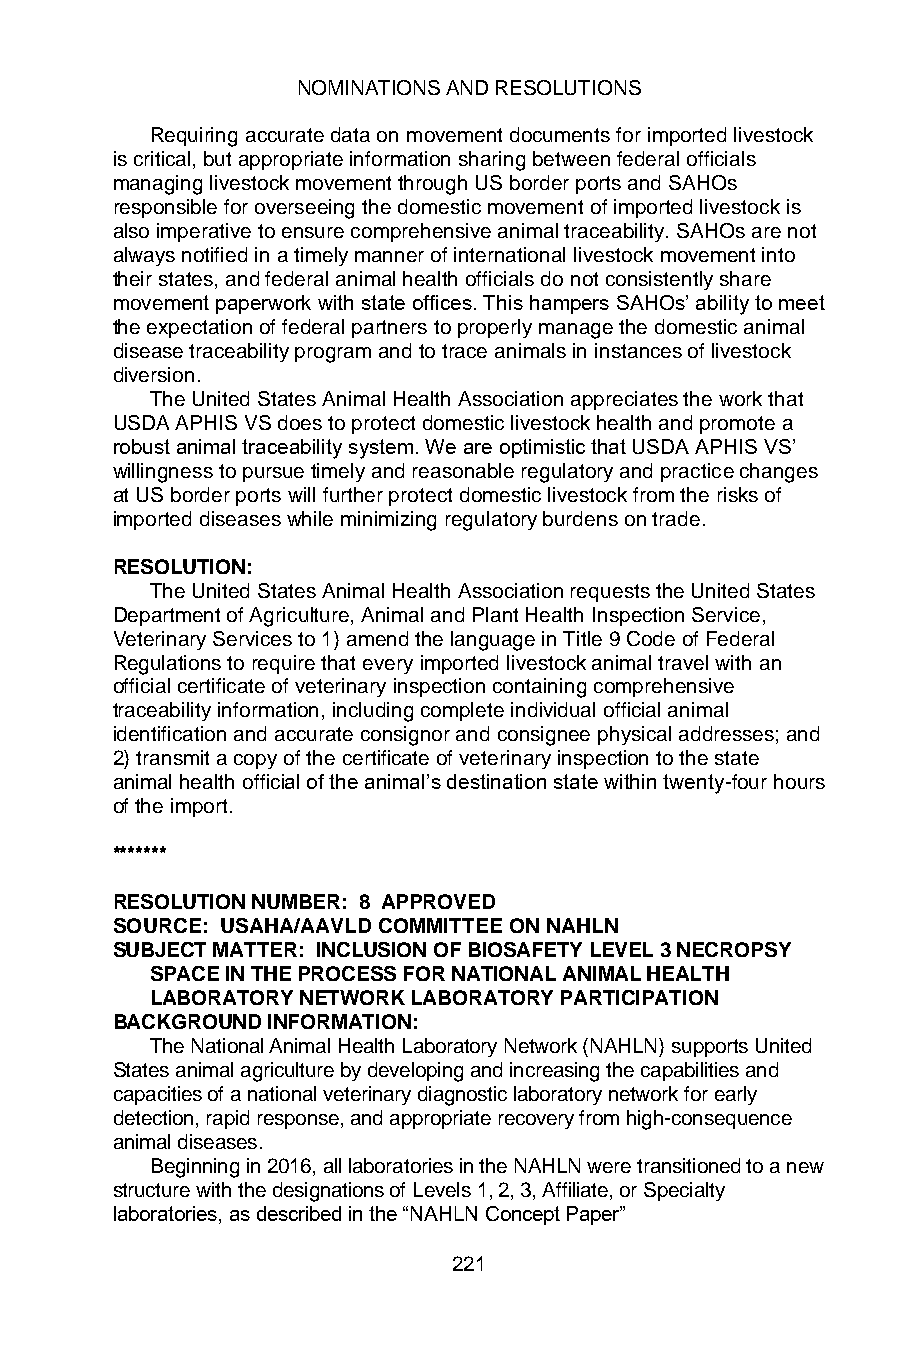
NOMINATIONS AND RESOLUTIONS
 Requiring accurate data on movement documents for imported livestock
 is critical, but appropriate information sharing between federal officials
 managing livestock movement through US border ports and SAHOs
 responsible for overseeing the domestic movement of imported livestock is
 also imperative to ensure comprehensive animal traceability. SAHOs are not
 always notified in a timely manner of international livestock movement into
 their states, and federal animal health officials do not consistently share
 movement paperwork with state offices. This hampers SAHOs’ ability to meet
 the expectation of federal partners to properly manage the domestic animal
 disease traceability program and to trace animals in instances of livestock
 diversion.
 The United States Animal Health Association appreciates the work that
 USDA APHIS VS does to protect domestic livestock health and promote a
 robust animal traceability system. We are optimistic that USDA APHIS VS’
 willingness to pursue timely and reasonable regulatory and practice changes
 at US border ports will further protect domestic livestock from the risks of
 imported diseases while minimizing regulatory burdens on trade.
 RESOLUTION:
 The United States Animal Health Association requests the United States
 Department of Agriculture, Animal and Plant Health Inspection Service,
 Veterinary Services to 1) amend the language in Title 9 Code of Federal
 Regulations to require that every imported livestock animal travel with an
 official certificate of veterinary inspection containing comprehensive
 traceability information, including complete individual official animal
 identification and accurate consignor and consignee physical addresses; and
 2) transmit a copy of the certificate of veterinary inspection to the state
 animal health official of the animal’s destination state within twenty-four hours
 of the import.
 *******
 RESOLUTION NUMBER: 8 APPROVED
 SOURCE: USAHA/AAVLD COMMITTEE ON NAHLN
 SUBJECT MATTER: INCLUSION OF BIOSAFETY LEVEL 3 NECROPSY
 SPACE IN THE PROCESS FOR NATIONAL ANIMAL HEALTH
 LABORATORY NETWORK LABORATORY PARTICIPATION
 BACKGROUND INFORMATION:
 The National Animal Health Laboratory Network (NAHLN) supports United
 States animal agriculture by developing and increasing the capabilities and
 capacities of a national veterinary diagnostic laboratory network for early
 detection, rapid response, and appropriate recovery from high-consequence
 animal diseases.
 Beginning in 2016, all laboratories in the NAHLN were transitioned to a new
 structure with the designations of Levels 1, 2, 3, Affiliate, or Specialty
 laboratories, as described in the “NAHLN Concept Paper”
 221